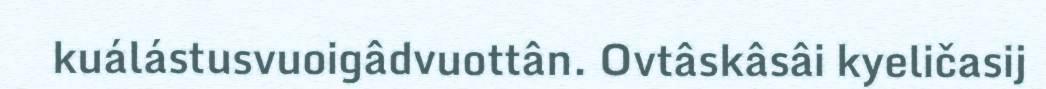
kuálástusvuoigâdvuottân. Ovtâskâsâi kyeličasij